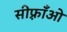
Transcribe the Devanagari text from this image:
सीफ़्राँओ